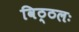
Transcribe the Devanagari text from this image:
विठ्ठलः